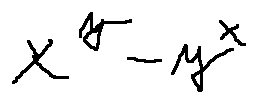
x ^ { y } - y ^ { x }